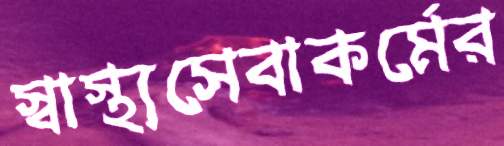
স্বাস্থ্যসেবাকর্মের